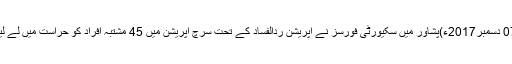
07 دسمبر2017ء)پشاور میں سکیورٹی فورسز نے آپریشن ردالفساد کے تحت سرچ آپریشن میں 45 مشتبہ افراد کو حراست میں لے لیا۔